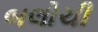
બલોચી